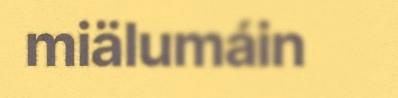
miälumáin